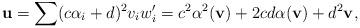
LaTeX: \begin{align*}\mathbf u=\sum(c\alpha_i+d)^{2} v_i w_i'=c^2\alpha^2(\mathbf v)+2cd\alpha(\mathbf v)+d^2\mathbf v, \end{align*}